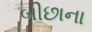
બીછાના